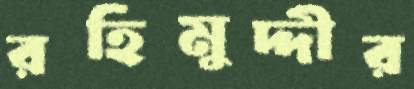
রহিমুদ্দীর